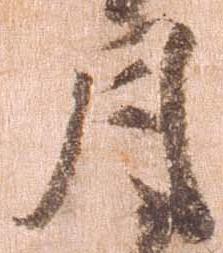
月